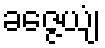
ခဇ္ဇေယျံ